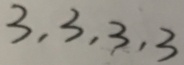
3 , 3 , 3 , 3